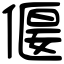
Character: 𠍾